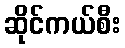
ဆိုင်ကယ်စီး